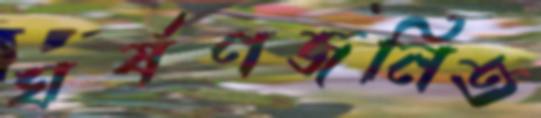
ঘর্ষণজনিত